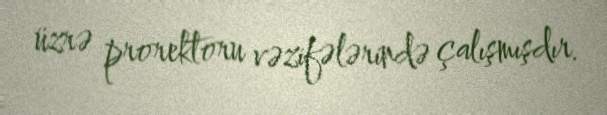
üzrə prorektoru vəzifələrində çalışmışdır.